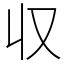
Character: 収